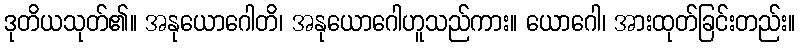
ဒုတိယသုတ်၏။ အနုယောဂေါတိ၊ အနုယောဂေါဟူသည်ကား။ ယောဂေါ၊ အားထုတ်ခြင်းတည်း။